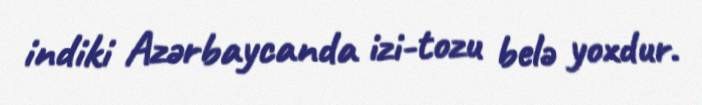
indiki Azərbaycanda izi-tozu belə yoxdur.